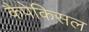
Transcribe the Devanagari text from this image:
कैपेकिसल